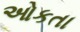
ઓકતા